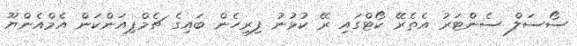
ސޯސަލް ސެންޓަރު އެތެރޭ ކޯޓްގައި ރޭ ކުޅުނު ފިރިހެން ބައިގެ ޗެމްޕިއަންކަން އެމްއެންޔޫ